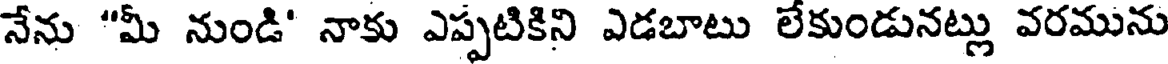
నేను "మీ నుండి' నాకు ఎప్పటికిని ఎడబాటు లేకుండునట్లు వరమును